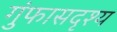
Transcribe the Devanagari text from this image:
गुंफासदृश्य